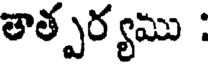
తాత్పర్యము :